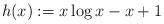
\begin{align*}h(x) := x \log x - x + 1\end{align*}